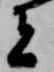
者